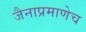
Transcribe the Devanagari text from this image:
जैनाप्रमाणेच